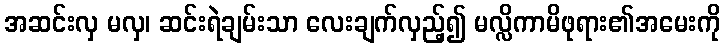
အဆင်းလှ မလှ၊ ဆင်းရဲချမ်းသာ လေးချက်လှည့်၍ မလ္လိကာမိဖုရား၏အမေးကို